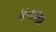
ધનાણા